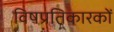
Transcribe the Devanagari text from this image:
विषप्रतिकारकों